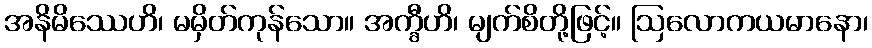
အနိမိဿေဟိ၊ မမှိတ်ကုန်သော။ အက္ခီဟိ၊ မျက်စိတို့ဖြင့်။ ဩလောကယမာနော၊